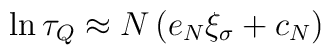
\ln \tau_Q \approx N \left( e_N \xi_\sigma + c_N \right)